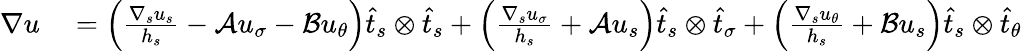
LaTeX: \begin{array}{rl}{\nabla u}&{{}=\left(\frac{\nabla_{s}u_{s}}{h_{s}}-\mathcal{A}u_{\sigma}-\mathcal{B}u_{\theta}\right)\widehat{t}_{s}\otimes\widehat{t}_{s}+\left(\frac{\nabla_{s}u_{\sigma}}{h_{s}}+\mathcal{A}u_{s}\right)\widehat{t}_{s}\otimes\widehat{t}_{\sigma}+\left(\frac{\nabla_{s}u_{\theta}}{h_{s}}+\mathcal{B}u_{s}\right)\widehat{t}_{s}\otimes\widehat{t}_{\theta}}\end{array}